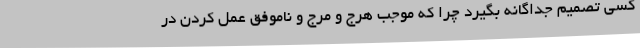
کسی تصمیم جداگانه بگیرد چرا که موجب هرج و مرج و ناموفق عمل کردن در